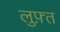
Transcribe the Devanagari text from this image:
लुफ़्त